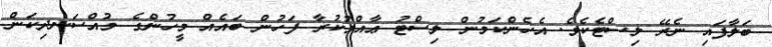
ބަލާފައި ނެރޭ ލިސްޓެކެވެ. އެހެންކަމުން ލިސްޓު ޢާއްމުކުރާ ފަހުން ބައެއް މީހުންގެ މުއްސަނދިކަން